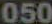
050